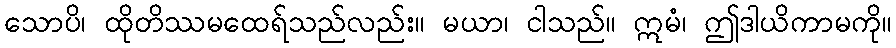
သောပိ၊ ထိုတိဿမထေရ်သည်လည်း။ မယာ၊ ငါသည်။ ဣမံ၊ ဤဒါယိကာမကို။